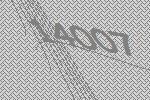
14007